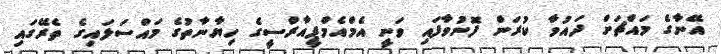
އޭނާގެ މައްޗަށް ދައުވާ ކުރަން ފޮނުވާފައި ވަނީ އެމްއެމްޕީއާރްސީގެ ހިޔާނާތުގެ މައްސަލައިގެ ތެރޭގައި